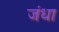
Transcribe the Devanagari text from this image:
जंधा